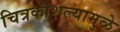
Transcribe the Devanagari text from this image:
चित्रकौशल्यामुळे